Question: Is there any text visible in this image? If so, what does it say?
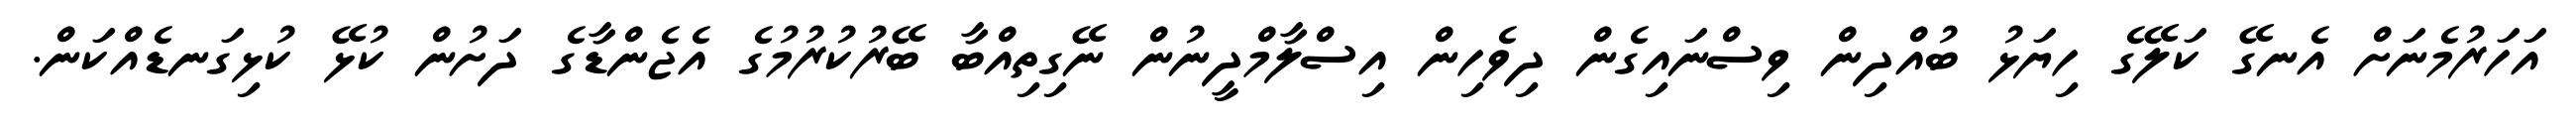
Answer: އަހަރުމެނަށް އެނގޭ ކަލޭގެ ހިޔަޅު ބުއްދިން ވިސްނައިގެން ދިވެހިން އިސްލާމްދީނުން ނޭގިތިއްބާ ބޭރުކުރުމުގެ އެޖެންޑާގެ ދަށުން ކުޅޭ ކުޅިގަނޑެއްކަން.